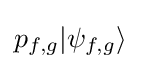
p_{f,g}|\psi _{f,g}\rangle